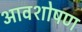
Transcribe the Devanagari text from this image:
आवशोषण